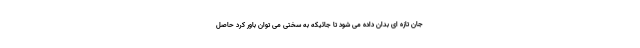
جان تازه ای بدان داده می شود تا جائیکه به سختی می توان باور کرد حاصل